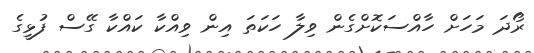
ރޯދަ މަހަށް ހާއްސަކޮށްގެން ވިލާ ހަކަތަ އިން ވިއްކާ ކައްކާ ގޭސް ފުޅީގެ